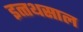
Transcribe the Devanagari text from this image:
इत्त्थसाल